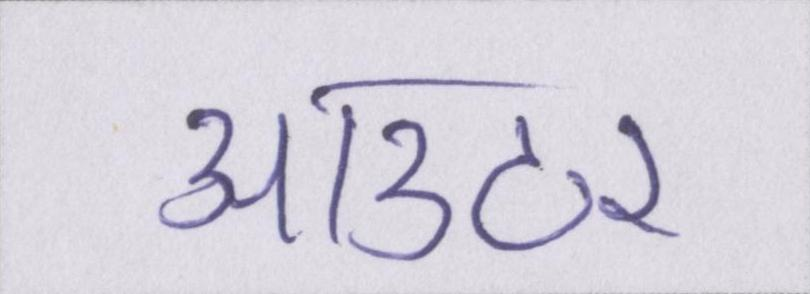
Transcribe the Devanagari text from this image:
आउटर